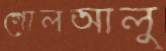
গোলআলু